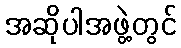
အဆိုပါအဖွဲ့တွင်